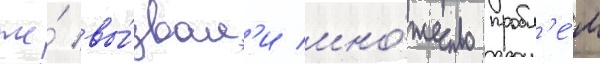
же́ вы́звал'и мно́жество пробл'е́м